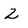
Character: 2